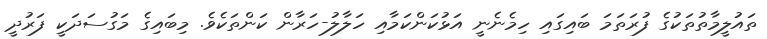
ތައުލީމާތުތަކުގެ ފުރަތަމަ ބައިގައި ހިމެނެނީ އަޅުކަންކަމާއި ހަލާލު-ހަރާން ކަންތަކެވެ. މިބައިގެ މަގުސަދަކީ ފަރުދީ